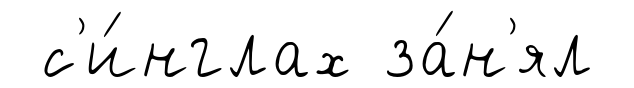
с'и́нглах за́н'ял